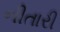
નીતારી